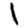
Digit: 1